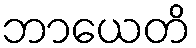
ဘာယေတိ